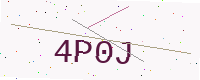
Text: 4P0J